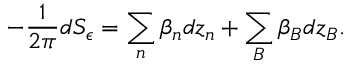
- \frac { 1 } { 2 \pi } d S _ { \epsilon } = \sum _ { n } \beta _ { n } d z _ { n } + \sum _ { B } \beta _ { B } d z _ { B } .